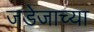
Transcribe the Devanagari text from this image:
जडेजाच्या